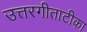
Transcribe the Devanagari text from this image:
उत्तरगीताटीका